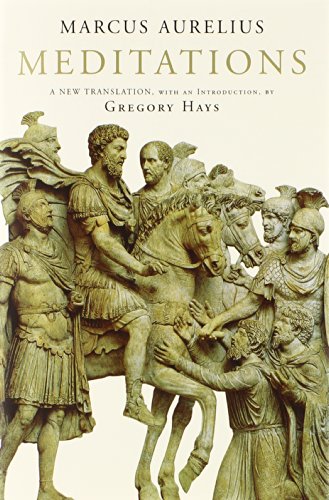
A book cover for Meditations: A New Translation (Modern Library); Marcus Aurelius; History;